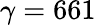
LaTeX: \gamma=661